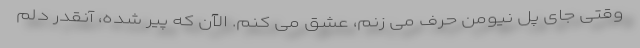
وقتى جاى پل نيومن حرف مى زنم، عشق مى كنم. الآن كه پير شده، آنقدر دلم